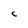
Character: C